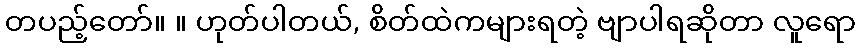
တပည့်တော်။ ။ ဟုတ်ပါတယ်, စိတ်ထဲကများရတဲ့ ဗျာပါရဆိုတာ လူရော